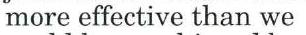
more effective than we